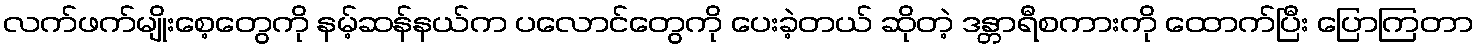
လက်ဖက်မျိုးစေ့တွေကို နမ့်ဆန်နယ်က ပလောင်တွေကို ပေးခဲ့တယ် ဆိုတဲ့ ဒန္တာရီစကားကို ထောက်ပြီး ပြောကြတာ